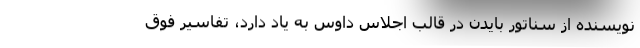
نویسنده از سناتور بایدن در قالب اجلاسِ داوس به یاد دارد، تفاسیرِ فوق